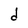
Character: d